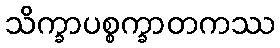
သိက္ခာပစ္စက္ခာတကဿ